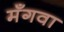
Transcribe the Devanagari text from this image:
मँगवा